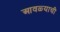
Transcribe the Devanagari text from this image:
आवळ्याची